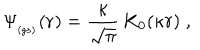
\Psi _ { _ \mathrm { ( g s ) } } ( { \bf r } ) = \frac { \kappa } { \sqrt { \pi } } \, K _ { 0 } ( \kappa r ) \; ,